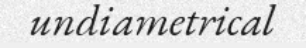
undiametrical